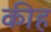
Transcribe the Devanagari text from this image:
कीह